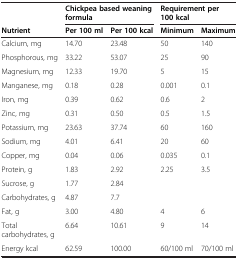
<table><thead><tr><td><b> </b></td><td colspan="2"><b>Chickpea based weaning formula</b></td><td colspan="2"><b>Requirement per 100 kcal</b></td></tr><tr><td><b>Nutrient</b></td><td><b>Per 100 ml</b></td><td><b>Per 100 kcal</b></td><td><b>Minimum</b></td><td><b>Maximum</b></td></tr></thead><tbody><tr><td>Calcium, mg</td><td>14.70</td><td>23.48</td><td>50</td><td>140</td></tr><tr><td>Phosphorous, mg</td><td>33.22</td><td>53.07</td><td>25</td><td>90</td></tr><tr><td>Magnesium, mg</td><td>12.33</td><td>19.70</td><td>5</td><td>15</td></tr><tr><td>Manganese, mg</td><td>0.18</td><td>0.28</td><td>0.001</td><td>0.1</td></tr><tr><td>Iron, mg</td><td>0.39</td><td>0.62</td><td>0.6</td><td>2</td></tr><tr><td>Zinc, mg</td><td>0.31</td><td>0.50</td><td>0.5</td><td>1.5</td></tr><tr><td>Potassium, mg</td><td>23.63</td><td>37.74</td><td>60</td><td>160</td></tr><tr><td>Sodium, mg</td><td>4.01</td><td>6.41</td><td>20</td><td>60</td></tr><tr><td>Copper, mg</td><td>0.04</td><td>0.06</td><td>0.035</td><td>0.1</td></tr><tr><td>Protein, g</td><td>1.83</td><td>2.92</td><td>2.25</td><td>3.5</td></tr><tr><td>Sucrose, g</td><td>1.77</td><td>2.84</td><td> </td><td> </td></tr><tr><td>Carbohydrates, g</td><td>4.87</td><td>7.7</td><td> </td><td> </td></tr><tr><td>Fat, g</td><td>3.00</td><td>4.80</td><td>4</td><td>6</td></tr><tr><td>Total carbohydrates, g</td><td>6.64</td><td>10.61</td><td>9</td><td>14</td></tr><tr><td>Energy kcal</td><td>62.59</td><td>100.00</td><td>60/100 ml</td><td>70/100 ml</td></tr></tbody></table>